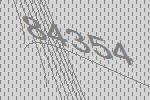
84354